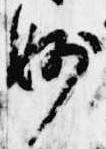
妙